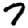
Digit: 7